Mental hospitals Bombay report 1921-28 - 1921-1928
Year: 1921
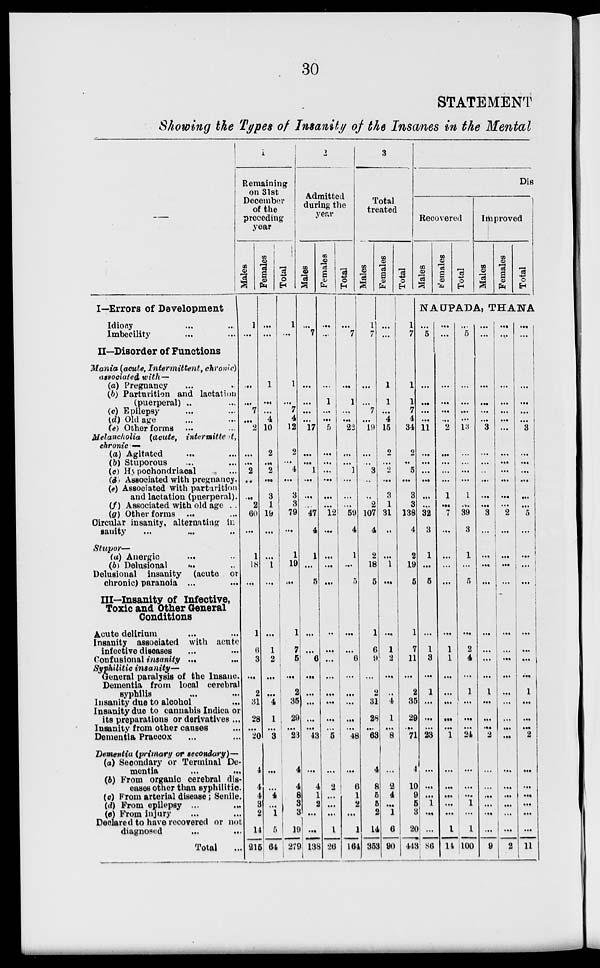
30
STATEMENT
Showing the Types of Insanity of the Insanes in the Mental
I—Errors of Development
Idiocy ... ...
Imbecility ... ...
II—Disorder of Functions
Mania (acute, Intermittent, chronic)
associated with—
(a) Pregnancy ... ...
(b) Parturition and lactation
(puerperal) ... ...
(c) Epilepsy ... ...
(d) Old age ... ...
(e) Other forms ... ...
Melancholia (acute,
intermittent,
chronic —
(a) Agitated ... ...
(b) Stuporous ... ...
(c) Hypochondriacal ...
(d) Associated with pregnancy.
(e) Associated with parturition
and lactation (puerperal).
(f) Associated with old age ..
(g) Other forms ... ...
Circular insanity, alternating in
sanity ... ... ...
Stupor—
(a) Anergic ... ...
(b) Delusional ... ...
Delusional insanity (acute or
chronic) paranoia ... ...
III—Insanity of Infective,
Toxic and Other General
Conditions
Acute delirium ... ...
Insanity associated with acute
infective diseases ... ...
Confusional insanity ... ...
Syphilitic insanity—
General paralysis of the Insane.
Dementia from local cerebral
syphilis ... ...
Insanity due to alcohol ...
Insanity due to cannabis Indica or
its preparations or derivatives ...
Insanity from other causes ...
Dementia Praecox ... ...
Dementia (primary or secondary)—
(a) Secondary or Terminal De-
mentia
...
...
(b) From organic cerebral dis-
eases other than syphilitic.
(c) From arterial disease; Senile.
(d) From epilepsy ... ...
(e) From injury ... ...
Declared to have recovered or not
diagnosed ... ...
Total
...
1
Remaining
on 31st
December
of the
preceding
year
Males
1
...
...
...
7
...
2
...
...
2
...
...
2
60
...
1
18
...
1
6
3
...
2
31
28
...
20
4
4
4
3
2
14
215
Females
...
...
1
...
...
4
10
2
...
2
...
3
1
19
...
...
1
...
...
1
2
...
...
4
1
...
3
...
...
4
...
1
5
64
Total
1
...
1
...
7
4
12
2
...
4
...
3
3
79
...
1
19
...
1
7
5
...
2
35
29
...
23
4
4
8
3
3
19
279
2
Admitted
during the
year
Males
...
7
...
...
...
...
17
...
...
1
...
...
...
47
4
1
...
5
...
...
6
...
...
...
...
...
43
...
4
1
2
...
...
138
Females
...
...
...
1
...
...
5
...
...
...
...
...
...
12
...
...
...
...
...
...
...
...
...
...
...
...
5
...
2
...
...
...
1
26
Total
...
7
...
1
...
...
22
...
...
1
...
...
...
59
4
1
...
5
...
1
6
...
...
...
...
...
48
...
6
1
2
...
1
164
3
Total
treated
Males
1
7
...
...
7
...
19
...
...
3
...
...
2
107
4
2
18
5
1
6
9
...
2
31
28
...
63
4
8
5
5
2
14
353
Females
...
...
1
1
...
4
15
2
...
2
...
3
1
31
...
...
1
...
...
1
2
...
...
4
1
...
8
...
2
4
...
1
6
90
Total
1
7
1
1
7
4
34
2
..
5
...
3
3
138
4
2
19
5
1
7
11
...
2
35
29
...
71
4
10
9
5
3
20
443
Dis
Recovered
Males
Females
Total
Improved
Males
Females
Total
NAUPADA, THANA
...
5
...
...
...
...
11
...
...
...
...
...
...
32
3
1
...
5
...
1
3
...
1
...
...
...
23
...
...
...
1
...
...
86
...
...
...
...
...
...
2
...
...
...
...
1
...
7
...
...
. ..
...
...
1
1
...
...
...
...
...
1
...
...
...
...
...
1
14
...
5
...
...
...
...
13
...
...
...
...
1
...
39
3
1
...
5
...
2
4
...
1
...
...
...
24
...
...
...
1
...
1
100
...
...
...
...
...
...
3
...
...
...
...
...
...
3
...
...
...
...
...
...
...
...
1
...
...
...
2
...
...
...
...
...
...
9
...
...
...
...
...
...
...
...
...
...
...
...
...
2
...
...
...
...
...
...
...
...
...
...
...
...
...
...
...
...
...
...
...
2
...
...
...
...
...
...
3
...
...
...
...
...
...
5
...
...
...
...
...
...
...
...
1
...
...
...
2
...
...
...
...
...
...
11